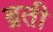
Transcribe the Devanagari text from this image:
ब्रती